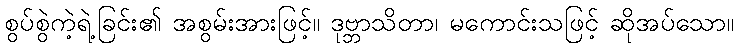
စွပ်စွဲကဲ့ရဲ့ခြင်း၏ အစွမ်းအားဖြင့်။ ဒုဗ္ဘာသိတာ၊ မကောင်းသဖြင့် ဆိုအပ်သော။